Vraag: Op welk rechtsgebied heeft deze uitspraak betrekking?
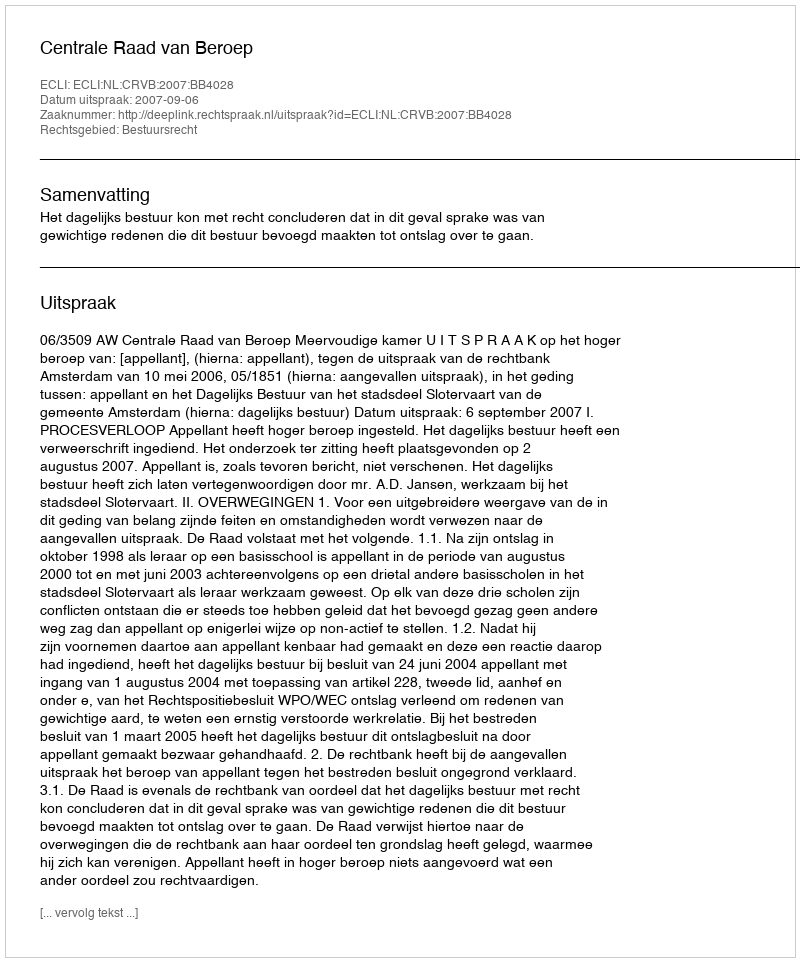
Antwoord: Bestuursrecht